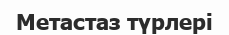
Метастаз түрлері